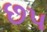
છપ